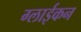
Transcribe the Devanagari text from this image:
ग्लाईकन